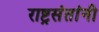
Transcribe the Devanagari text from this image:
राष्ट्रसंतांनी